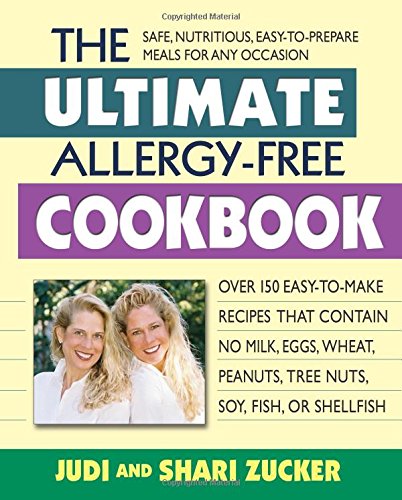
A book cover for The Ultimate Allergy-Free Cookbook: Over 150 Easy-to-Make Recipes That Contain No Milk, Eggs, Wheat, Peanuts, Tree Nuts, Soy, Fish, or Shellfish; Judi Zucker; Health, Fitness & Dieting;